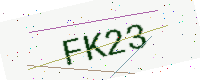
Text: FK23